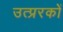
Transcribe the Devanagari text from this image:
उत्प्ररकों